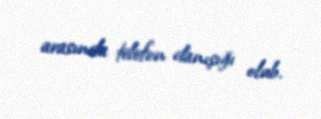
arasında telefon danışığı olub.